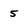
Character: 5